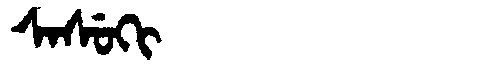
Manchu: ᠰᠠᠰᡠᡴᡳ
Romanization: SASUKI